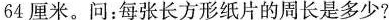
64厘米。问：每张长方形纸片的周长是多少?